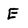
Character: E